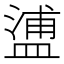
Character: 𥂈